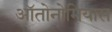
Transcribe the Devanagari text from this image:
ऑतोनोमियास